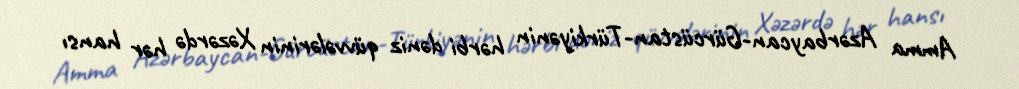
Amma Azərbaycan-Gürcüstan-Türkiyənin hərbi dəniz qüvvələrinin Xəzərdə hər hansı